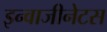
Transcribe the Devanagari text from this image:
इन्वाजीनेटस